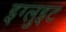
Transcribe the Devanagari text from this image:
इग्लुइट